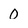
Character: 0